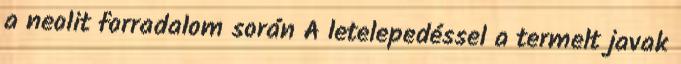
a neolit forradalom során A letelepedéssel a termelt javak